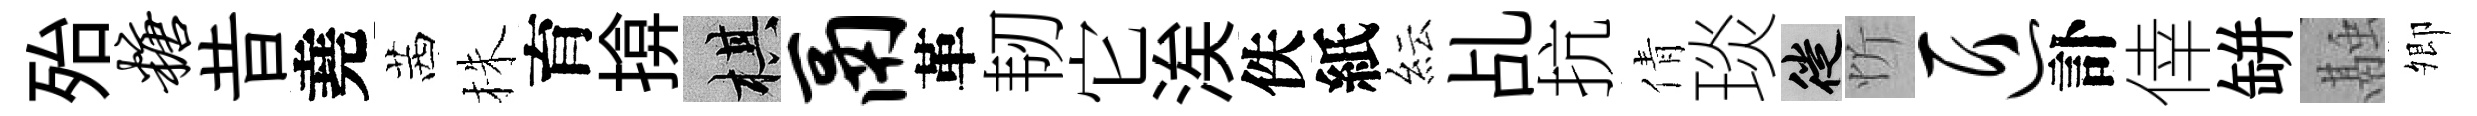
殆糖昔堯茜株育揜棋鬲革韧它涘佚紙紜乩抗倩琰徙忻匠訃倖缾融𡖖